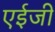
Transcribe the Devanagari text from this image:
एईजी